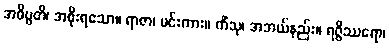
အဓိပ္ပတိ၊ အစိုးရသော။ ရာဇာ၊ မင်းကား။ ကိံသု၊ အဘယ်နည်း။ ရဇ္ဇိဿရော၊